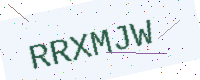
Text: RRXMJW